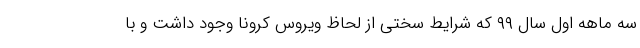
سه ماهه اول سال ۹۹ که شرایط سختی از لحاظ ویروس کرونا وجود داشت و با